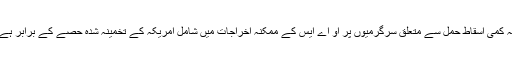
یہ کمی اسقاط حمل سے متعلق سرگرمیوں پر او اے ایس کے ممکنہ اخراجات میں شامل امریکہ کے تخمینہ شدہ حصے کے برابر ہے۔